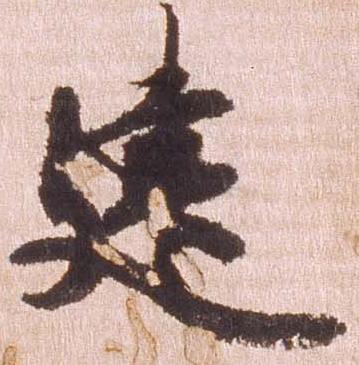
建